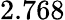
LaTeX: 2.768